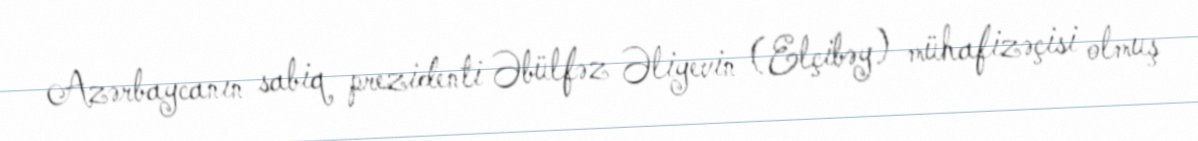
Azərbaycanın sabiq prezidenti Əbülfəz Əliyevin (Elçibəy) mühafizəçisi olmuş